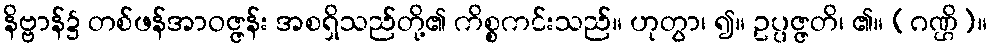
နိဗ္ဗာန်၌ တစ်ဖန်အာဝဇ္ဇန်း အစရှိသည်တို့၏ ကိစ္စကင်းသည်။ ဟုတွာ၊ ၍။ ဥပ္ပဇ္ဇတိ၊ ၏။ (ဂဏ္ဌိ)။